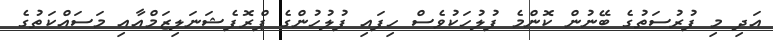
އަދި މި ފުރުސަތުގެ ބޭނުން ކޮންމެ ފުލުހަކުވެސް ހިފައި ފުލުހުންގެ ޕްރޮފެޝަނަލިޒަމްއާއި މަސައްކަތުގެ